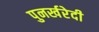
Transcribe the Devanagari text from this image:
पुनर्खरेदी